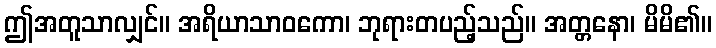
ဤအတူသာလျှင်။ အရိယာသာဝကော၊ ဘုရားတပည့်သည်။ အတ္တနော၊ မိမိ၏။